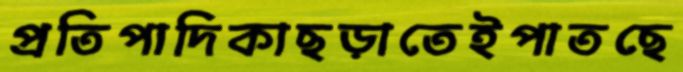
প্রতিপাদিকাছড়াতেইপাতছে